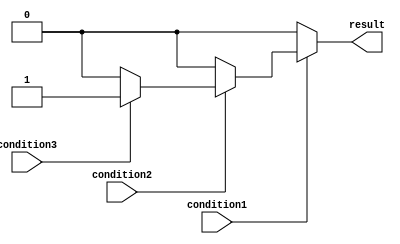
module nested_if_else (
  input wire condition1,
  input wire condition2,
  input wire condition3,
  output reg result
);

always @(*) begin
  if (condition1) begin
    if (condition2) begin
      if (condition3) begin
        result <= 1; // execute action corresponding to condition3
      end else begin
        result <= 0; // execute default action for condition2
      end
    end else begin
      result <= 0; // execute default action for condition1
    end
  end else begin
    result <= 0; // execute default action if no condition is true
  end
end

endmodule